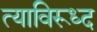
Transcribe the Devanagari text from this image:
त्याविरूध्द